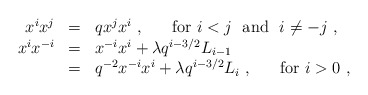
\begin{align*}\begin{array}{rcl}x^ix^j&=&qx^jx^i~,~~~~~{\rm for}~i<j~ ~{\rm and}~~i\not=-j~,\\x^ix^{-i}&=&x^{-i}x^i+\lambda q^{i-3/2}L_{i-1}\\ &=&q^{-2}x^{-i}x^i+\lambda q^{i-3/2}L_i~,~~~~~{\rm for}~i>0~,\end{array}\end{align*}